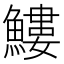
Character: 䱾